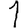
Digit: 1